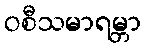
ဝစီသမာရမ္ဘာ